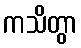
ကသိတွာ